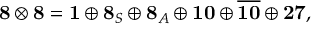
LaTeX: { \bf 8 } \otimes { \bf 8 } = { \bf 1 } \oplus { \bf 8 } _ { S } \oplus { \bf 8 } _ { A } \oplus { \bf 1 0 } \oplus \overline { { { \bf 1 0 } } } \oplus { \bf 2 7 } ,